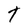
Character: t